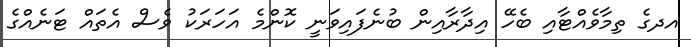
އދގެ ތިމާވެއްޓާއި ބެހޭ އިދާރާއިން ބުނެފައިވަނީ ކޮންމެ އަހަރަކު ވެސް އެތައް ޓަނެއްގެ